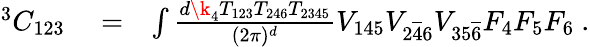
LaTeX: \begin{array}{rlr}{^3C_{123}}&{{}=}&{\int\frac{d\k_{4}T_{123}T_{246}T_{2345}}{(2\pi)^{d}}V_{145}V_{2{\overline{{4}}}6}V_{35\overline{6}}F_{4}F_{5}F_{6}\ .}\end{array}